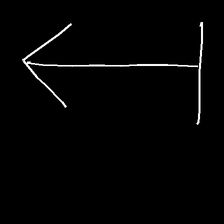
Glyph: levitation